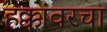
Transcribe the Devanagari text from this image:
हक्कांवरचा